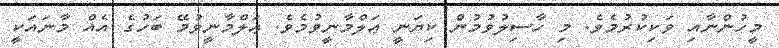
މީހުންނާއި ވަކިކުރުމެވެ. މި ހާސިލުވުމުން ކިޔަނީ ޢަލްމާނީވުމެވެ. ޢަލްމާނީވުމޭ ބަހުގެ އެއް މާނައަކީ